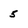
Character: 5